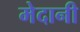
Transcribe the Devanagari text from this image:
मेदानी